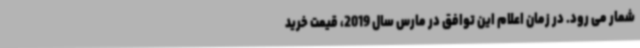
شمار می رود. در زمان اعلام این توافق در مارس سال 2019، قیمت خرید